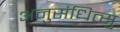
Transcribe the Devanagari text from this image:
अनुसंधित्सु